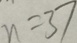
n = 3 7